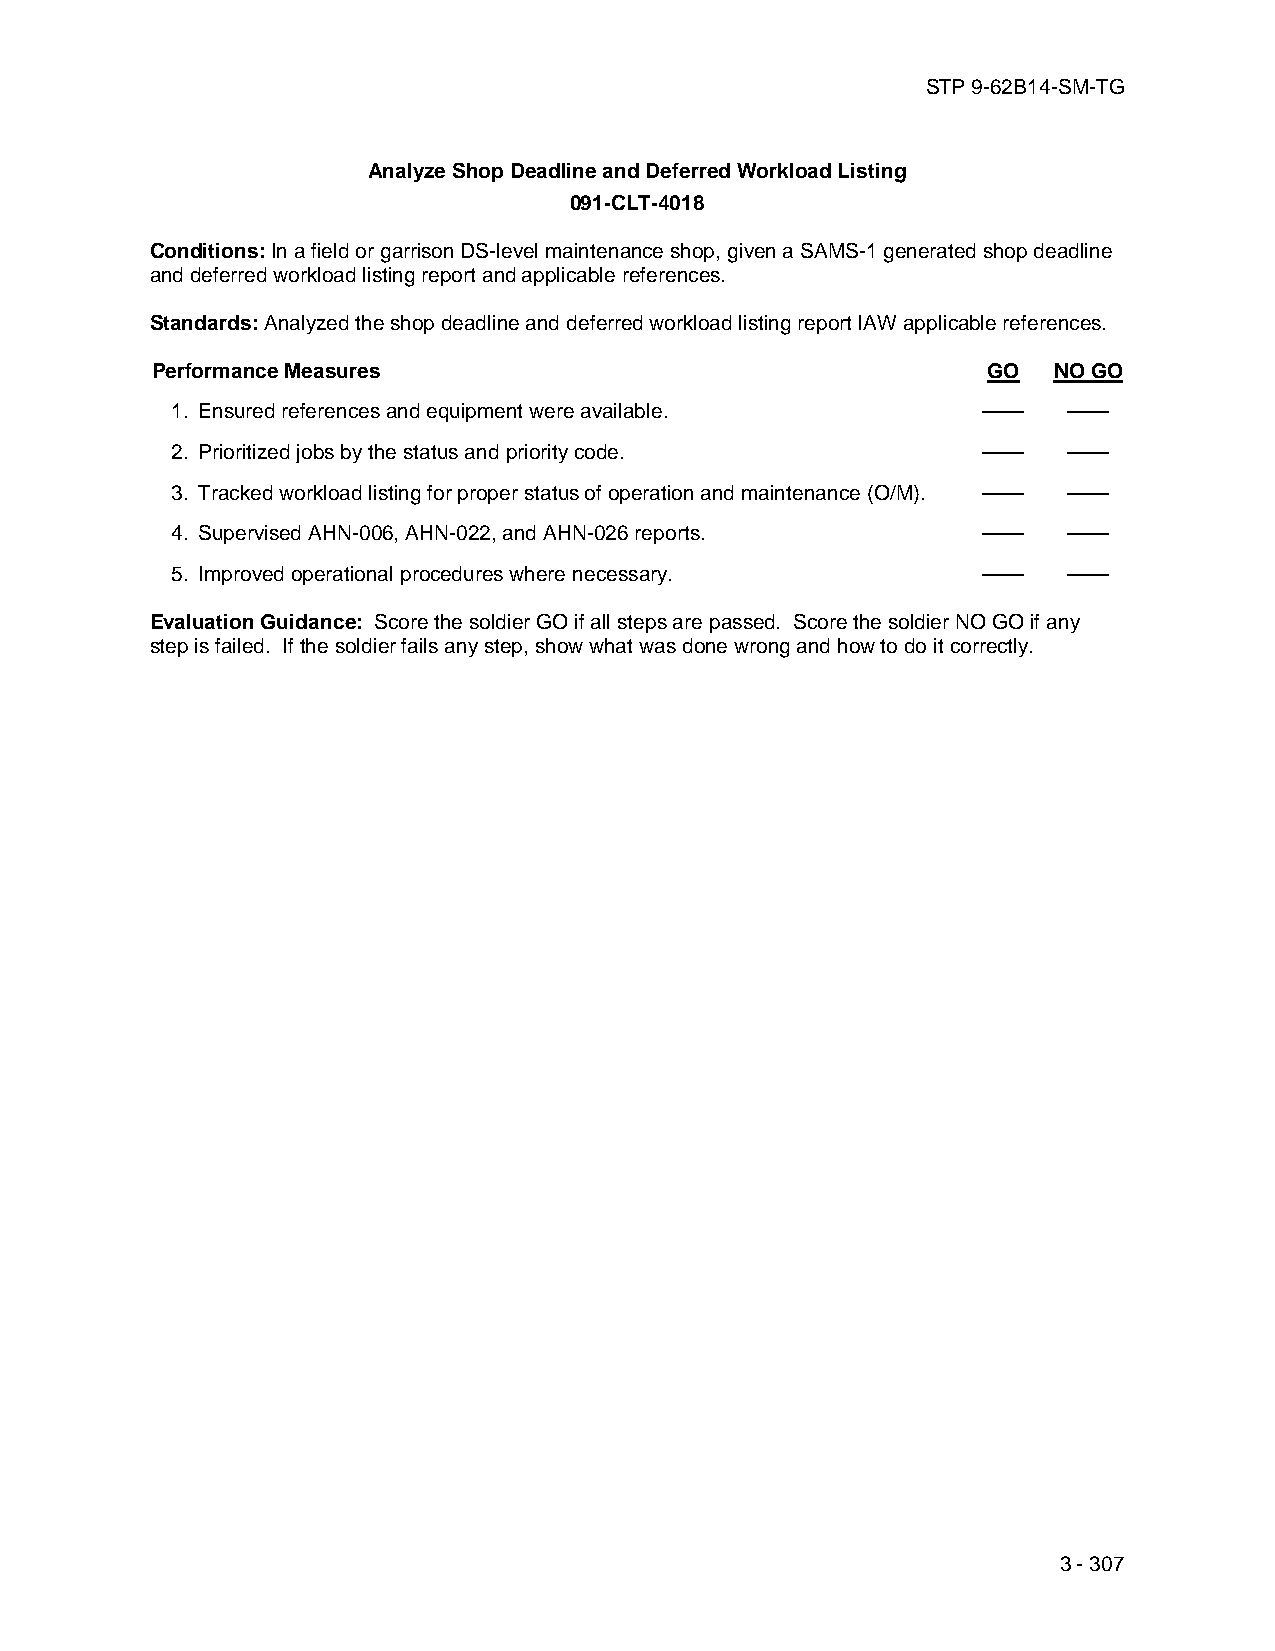
STP 9-62B14-SM-TG
 Analyze Shop Deadline and Deferred Workload Listing
 091-CLT-4018
 Conditions: In a field or garrison DS-level maintenance shop, given a SAMS-1 generated shop deadline
 and deferred workload listing report and applicable references.
 Standards: Analyzed the shop deadline and deferred workload listing report IAW applicable references.
 Performance Measures                                   GO   NO GO
 1. Ensured references and equipment were available.   ——    ——
 2. Prioritized jobs by the status and priority code.  ——    ——
 3. Tracked workload listing for proper status of operation and maintenance (O/M). —— ——
 4. Supervised AHN-006, AHN-022, and AHN-026 reports.  ——    ——
 5. Improved operational procedures where necessary.   ——    ——
 Evaluation Guidance: Score the soldier GO if all steps are passed. Score the soldier NO GO if any
 step is failed. If the soldier fails any step, show what was done wrong and how to do it correctly.
 3 - 307